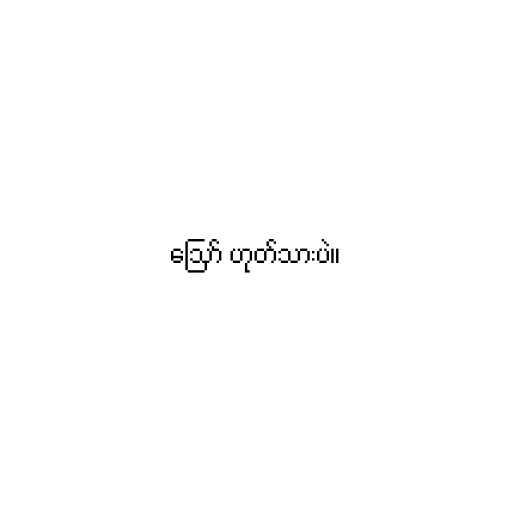
ဪ ဟုတ်သားပဲ။